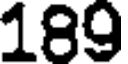
189